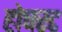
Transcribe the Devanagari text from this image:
होचस्ट